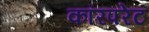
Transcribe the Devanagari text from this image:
कॉरपरेट